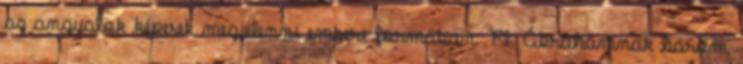
az angyalok képesek megjelenni emberi formában. Pl. Ábrahámnak három,